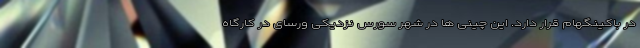
در باکینگهام قرار دارد. این چینی ها در شهر سورس نزدیکی ورسای در کارگاه